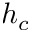
h _ { c }